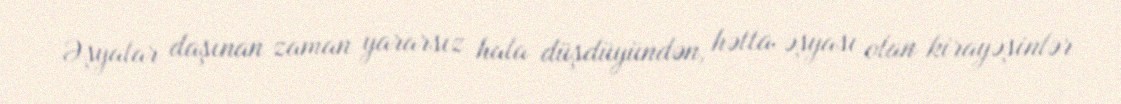
Əşyalar daşınan zaman yararsız hala düşdüyündən, hətta əşyası olan kirayəşinlər